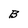
Character: B